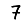
Digit: 7